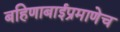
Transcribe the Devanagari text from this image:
बहिणाबाईप्रमाणेच